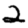
Digit: 2